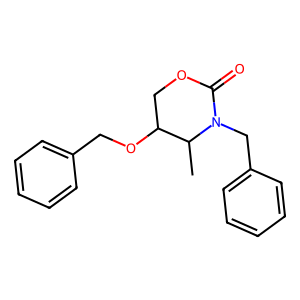
SMILES: CC1C(OCc2ccccc2)COC(=O)N1Cc1ccccc1
Inhibits HIV replication: No